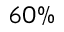
6 0 \%